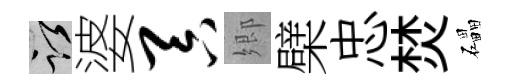
謹婆吞郷檗忠焚礧